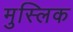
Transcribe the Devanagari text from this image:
मुस्लिक